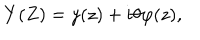
LaTeX: Y ( Z ) = y ( z ) + i \theta \varphi ( z ) ,